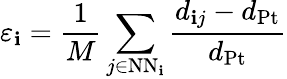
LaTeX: \varepsilon_{\mathbf{i}}=\frac{{1}}{{M}}\sum_{j\in\textrm{{NN}}_{\mathbf{i}}}\frac{{d_{\mathbf{i}j}-d_{\mathrm{{{Pt}}}}}}{{d_{\mathrm{{{Pt}}}}}}